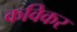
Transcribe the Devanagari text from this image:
कविकर